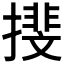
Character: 𢵪